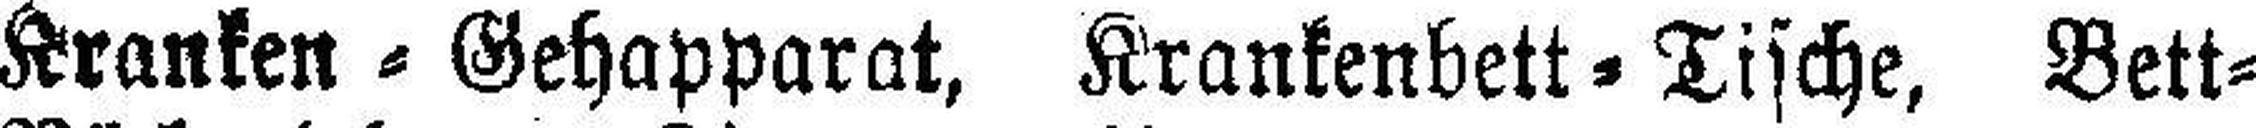
Kranken = Gehapparat, Krankenbett = Tische, Bett¬